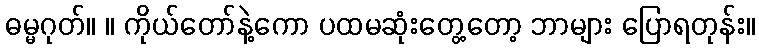
ဓမ္မဂုတ်။ ။ ကိုယ်တော်နဲ့ကော ပထမဆုံးတွေ့တော့ ဘာများ ပြောရတုန်း။